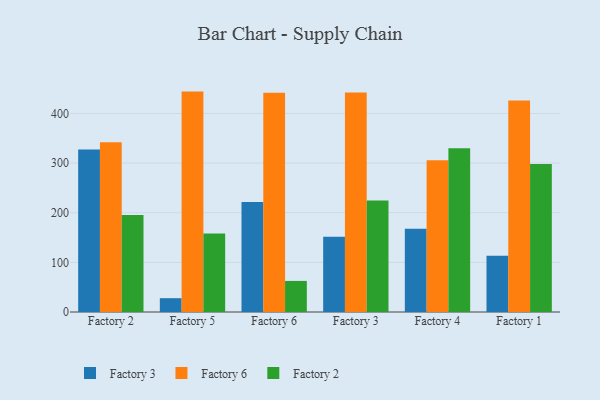
{"axis": {"x": "Factory", "y": "Humidity (%)"}, "legend": ["Factory 2", "Factory 3", "Factory 6"], "data": [{"x": "Factory 2", "y": 327.5, "type": "Factory 3"}, {"x": "Factory 2", "y": 342.1, "type": "Factory 6"}, {"x": "Factory 2", "y": 195.3, "type": "Factory 2"}, {"x": "Factory 5", "y": 27.8, "type": "Factory 3"}, {"x": "Factory 5", "y": 444.0, "type": "Factory 6"}, {"x": "Factory 5", "y": 158.3, "type": "Factory 2"}, {"x": "Factory 6", "y": 221.5, "type": "Factory 3"}, {"x": "Factory 6", "y": 441.9, "type": "Factory 6"}, {"x": "Factory 6", "y": 62.6, "type": "Factory 2"}, {"x": "Factory 3", "y": 151.7, "type": "Factory 3"}, {"x": "Factory 3", "y": 442.1, "type": "Factory 6"}, {"x": "Factory 3", "y": 224.7, "type": "Factory 2"}, {"x": "Factory 4", "y": 167.5, "type": "Factory 3"}, {"x": "Factory 4", "y": 305.6, "type": "Factory 6"}, {"x": "Factory 4", "y": 330.0, "type": "Factory 2"}, {"x": "Factory 1", "y": 113.2, "type": "Factory 3"}, {"x": "Factory 1", "y": 426.1, "type": "Factory 6"}, {"x": "Factory 1", "y": 298.2, "type": "Factory 2"}]}